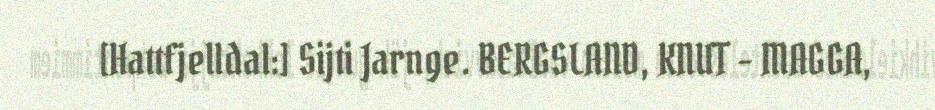
[Hattfjelldal:] Sijti Jarnge. BERGSLAND, KNUT - MAGGA,